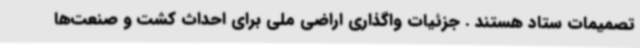
تصمیمات ستاد هستند . جزئیات واگذاری اراضی ملی برای احداث کشت و صنعت‌ها